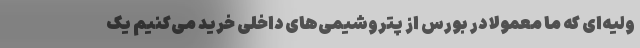
ولیه‌ای که ما معمولا در بورس از پتروشیمی‌های داخلی خرید می‌کنیم یک